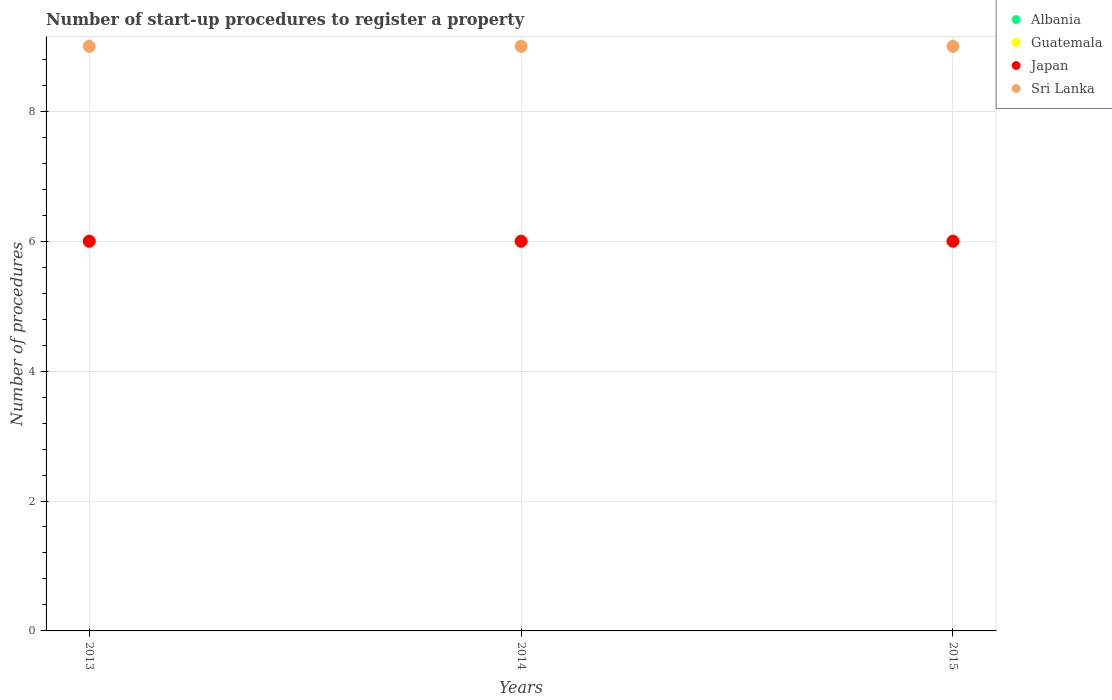
| Years | Albania | Guatemala | Japan | Sri Lanka |
 | --- | --- | --- | --- | --- |
 | 2013 | 6 | 6 | 6 | 9 |
 | 2014 | 6 | 6 | 6 | 9 |
 | 2015 | 6 | 6 | 6 | 9 |